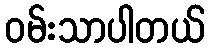
ဝမ်းသာပါတယ်